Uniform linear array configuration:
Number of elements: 48
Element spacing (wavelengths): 0.25
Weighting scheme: binomial
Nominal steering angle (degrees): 15
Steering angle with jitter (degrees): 13.475
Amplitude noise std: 0.05
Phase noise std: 0.05

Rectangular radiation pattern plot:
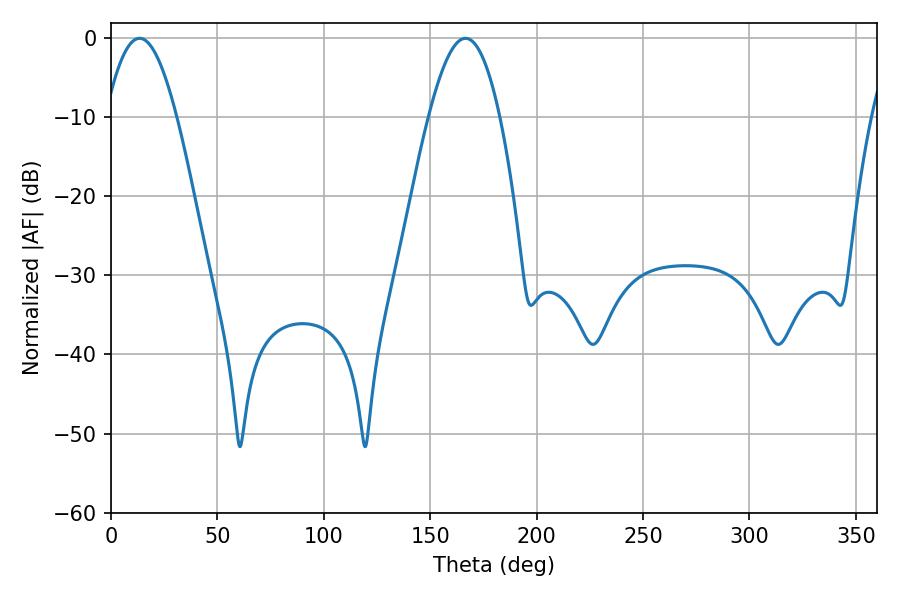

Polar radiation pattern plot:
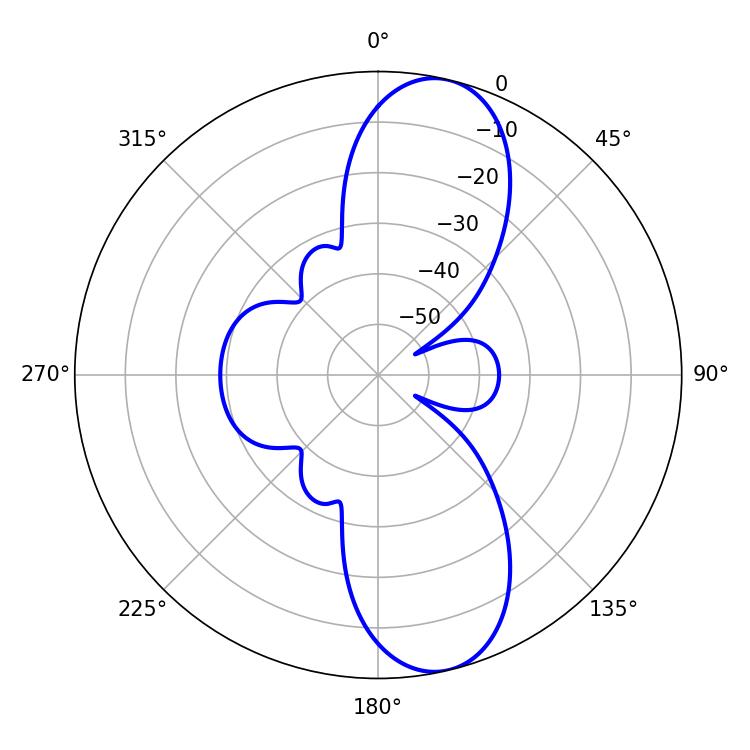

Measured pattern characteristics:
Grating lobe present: FALSE
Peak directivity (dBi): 10.929
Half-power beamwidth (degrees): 18.18
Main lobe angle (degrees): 13.5